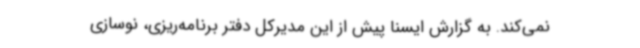
نمی‌کند.‌ به گزارش ایسنا پیش از این مدیرکل دفتر برنامه‌ریزی، نوسازی